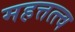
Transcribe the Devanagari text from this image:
महत्तत्त्व